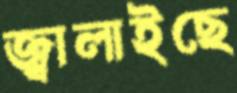
জ্বালাইছে